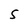
Character: S